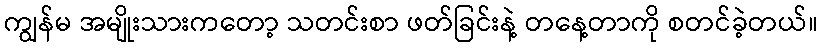
ကျွန်မ အမျိုးသားကတော့ သတင်းစာ ဖတ်ခြင်းနဲ့ တနေ့တာကို စတင်ခဲ့တယ်။